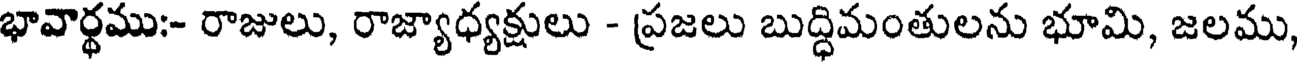
భావార్థము:- రాజులు, రాజ్యాధ్యక్షులు - ప్రజలు బుద్ధిమంతులను భూమి, జలము,